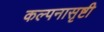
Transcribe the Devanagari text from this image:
कल्पनासृष्टी